Malaria in the Punjab - Number 46
Disease focus: Malaria
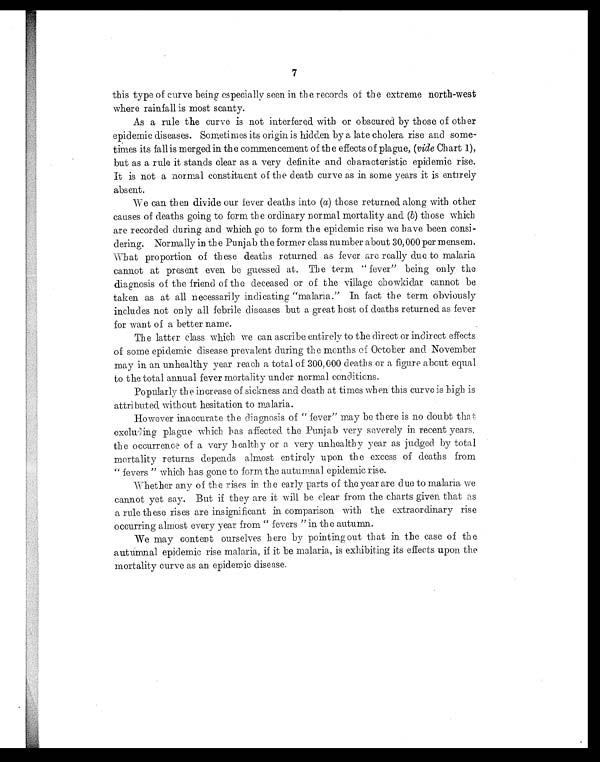
7
this type of curve being especially seen in the records of the extreme north-west
where rainfall is most scanty.
As a rule the curve is not interfered with or obscured by those of other
epidemic diseases. Sometimes its origin is hidden by a late cholera rise and some-
times its fall is merged in the commencement of the effects of plague, (vide Chart 1),
but as a rule it stands clear as a very definite and characteristic epidemic rise.
It is not a normal constituent of the death curve as in some years it is entirely
absent.
We can then divide our fever deaths into ( a) those returned along with other
causes of deaths going to form the ordinary normal mortality and (b) those which
are recorded during and which go to form the epidemic rise we have been consi-
dering. Normally in the Punjab the former class number about 30, 000 per mensem.
What proportion of these deaths returned as fever are really due to malaria
cannot at present even be guessed at. The term " fever" being only the
diagnosis of the friend of the deceased or of the village chowkidar cannot be
taken as at all necessarily indicating "malaria." In fact the term obviously
includes not only all febrile diseases but a great host of deaths returned as fever
for want of a better name.
The latter class which we can ascribe entirely to the direct or indirect effects
of some epidemic disease prevalent during the months of October and, November
may in an unhealthy year reach a total of 300,000 deaths or a figure about equal
to the total annual fever mortality under normal conditions.
Popularly the increase of sickness and death at times when this curve is high is
attributed without hesitation to malaria.
However inaccurate the diagnosis of " fever" may be there is no doubt that
excluding plague which has affected the Punjab very severely in recent years,
th e occurrence of a very healthy or a very unhealthy year as judged by total
mortality returns depends almost entirely upon the excess of deaths from
" fevers " which has gone to form the autumnal epidemic rise.
Whether any of the rises in the early parts of the year are due to malaria we
cannot yet say. But if they are it will be clear from the charts given that as
a rule these rises are insignificant in comparison with the extraordinary rise
occurring almost every year from " fevers " in the autumn.
We may content ourselves here by pointing out that in the case of the
a u t u m n a l e p i d e m i c r i s e m a l a r i a , i f i t b e m a l a r i a , i s e x h i b i t i n g i t s e f f e c t s u p o n t h e
mortality curve as an epidemic disease.